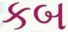
કબ